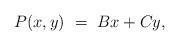
LaTeX: \begin{align*}P(x,y) ~=~ Bx+Cy,\end{align*}